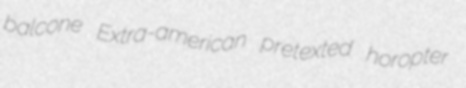
balcone Extra-american pretexted horopter